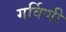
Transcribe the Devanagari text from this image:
गर्विणी